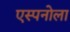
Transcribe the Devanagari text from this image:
एस्पनोला